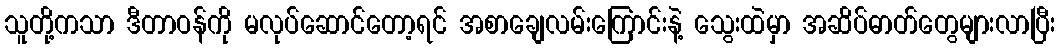
သူတို့ကသာ ဒီတာဝန်ကို မလုပ်ဆောင်တော့ရင် အစာချေလမ်းကြောင်းနဲ့ သွေးထဲမှာ အဆိပ်ဓာတ်တွေများလာပြီး